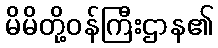
မိမိတို့ဝန်ကြီးဌာန၏